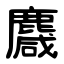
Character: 麙